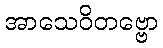
အာသေဝိတဗ္ဗော